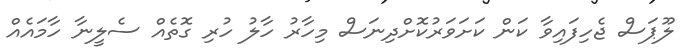
ލޫޕަސް ޖެހިފައިވާ ކަން ކަށަވަރުކޮށްދިނަސް މިހާރު ހާލު ހުރި ގޮތެއް ސެލީނާ ހާމައެއް